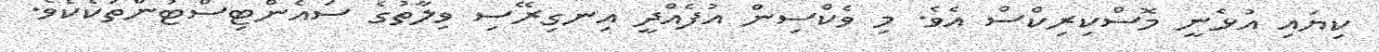
ކިޔައި އުޅެނީ މޮސްކިރިކްސް އެވެ. މި ވެކްސިން އުފެއްދީ އިނގިރޭސި ވިލާތުގެ ސައެންޓިސްޓުންތަކެކެވެ.